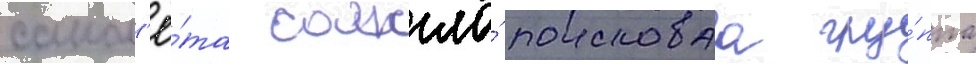
самол'ё́та сожгла́ поисковаа гру́ппа